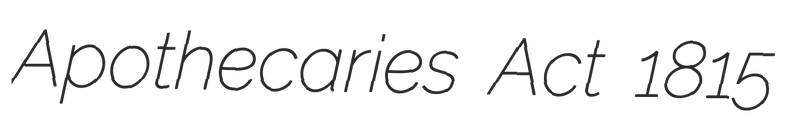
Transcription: Apothecaries Act 1815